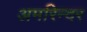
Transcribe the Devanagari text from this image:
अमरिन्दर